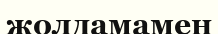
жолдамамен